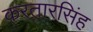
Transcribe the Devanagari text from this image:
करतारसिंह